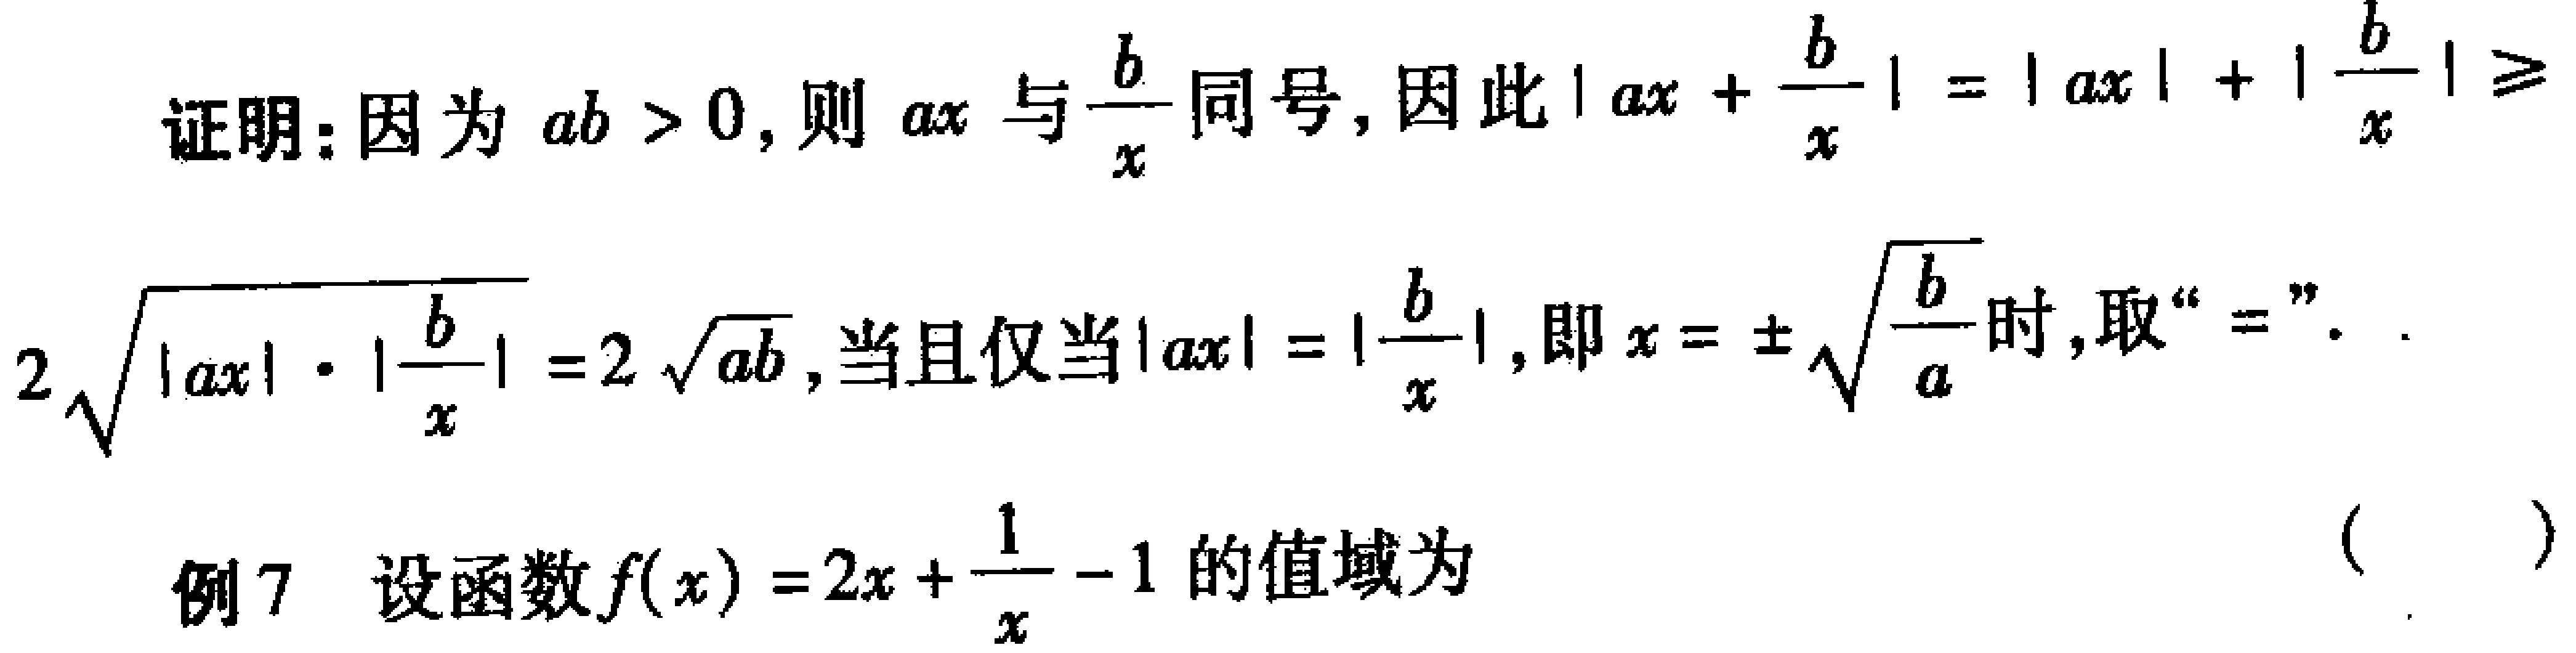
证明：因为 \(ab > 0\)，则 \(ax\) 与 \(\frac{b}{x}\) 同号，因此 \(|ax + \frac{b}{x}| = |ax| + |\frac{b}{x}| \geq 2\sqrt{|ax| \cdot |\frac{b}{x}|} = 2\sqrt{ab}\)，当且仅当 \(|ax| = |\frac{b}{x}|\)，即 \(x = \pm\sqrt{\frac{b}{a}}\) 时，取“\(=\)”。

例7 设函数 \(f(x) = 2x + \frac{1}{x} - 1\) 的值域为 （  ）